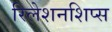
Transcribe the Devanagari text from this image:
रिलेशनशिप्स